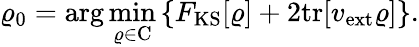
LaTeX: {\displaystyle\varrho_{\mathrm{0}}=\arg\operatorname*{min}_{\varrho\in\mathrm{C}}\left\{ F_{\mathrm{KS}}[\varrho]+2\mathrm{tr}[v_{\mathrm{ext}}\varrho]\right\} }.